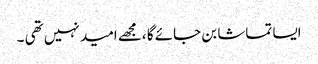
ایسا تماشا بن جائے گا ،مجھے امید نہیں تھی ۔